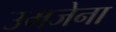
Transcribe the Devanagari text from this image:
उमजेना